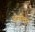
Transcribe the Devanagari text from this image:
ओसीलट